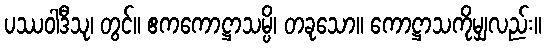
ပဿဝါဒီသု၊ တွင်။ ဧကကောဋ္ဌာသမ္ပိ၊ တခုသော။ ကောဋ္ဌာသကိုမျှလည်း။